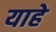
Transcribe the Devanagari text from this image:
याहे